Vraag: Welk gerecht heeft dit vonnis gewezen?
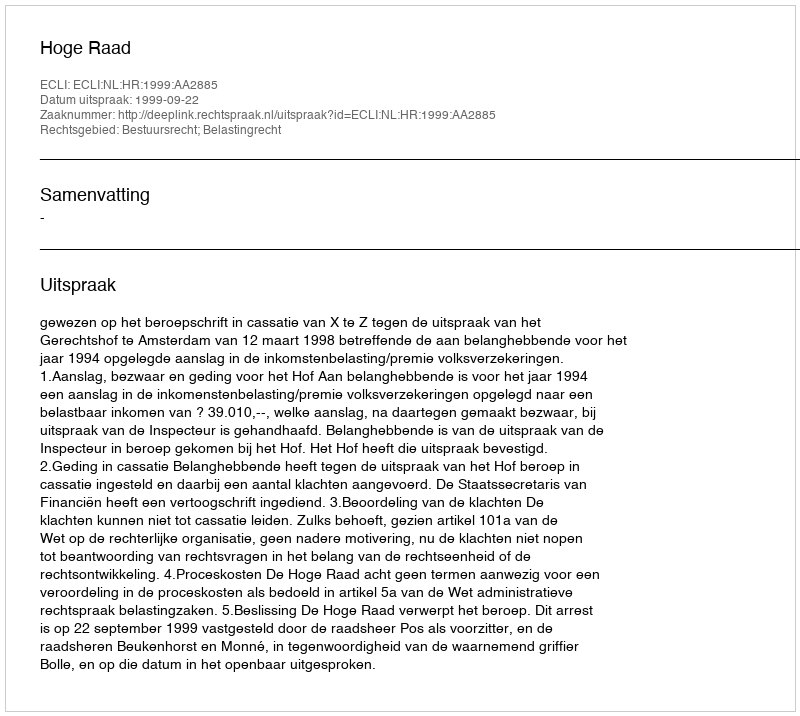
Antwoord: Hoge Raad